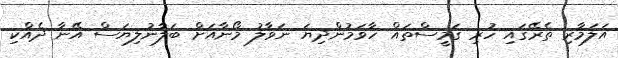
އަލަމާރި ތެރޭގައި ހުރި ގަމީސްތައް ހާވަމުންދިޔަ ނަވާލު މޯނާއަށް ބަލާނުލިޔަސް އޭނާ ދެއްކި